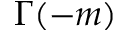
\Gamma ( - m )